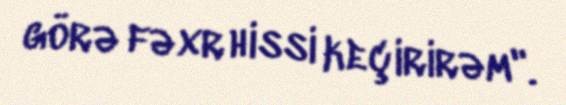
görə fəxr hissi keçirirəm".